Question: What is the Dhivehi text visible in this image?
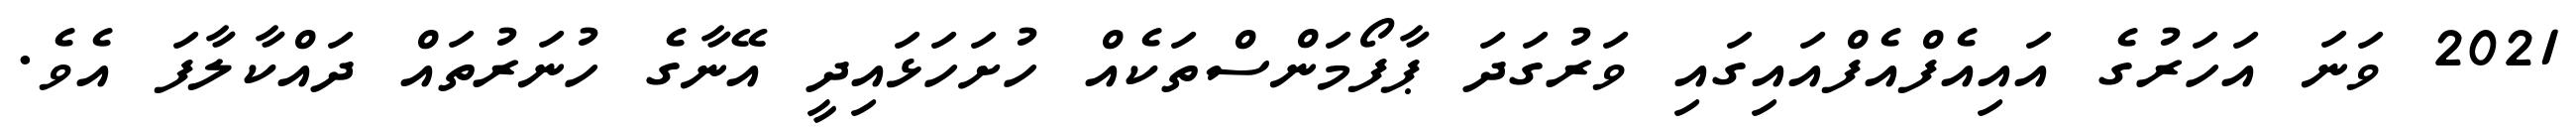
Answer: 2021 ވަނަ އަހަރުގެ އައިއެފްއެފްއައިގައި ވަރުގަދަ ޕާފޯމަންސްތަކެއް ހުށަހަޅައިދީ އޭނާގެ ހުނަރުތައް ދައްކާލާފަ އެވެ.